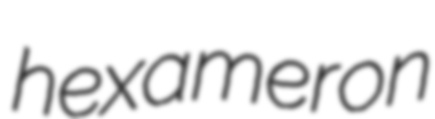
hexameron